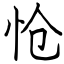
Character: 怆